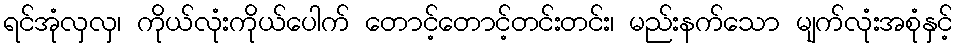
ရင်အုံလှလှ၊ ကိုယ်လုံးကိုယ်ပေါက် တောင့်တောင့်တင်းတင်း၊ မည်းနက်သော မျက်လုံးအစုံနှင့်